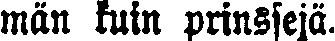
män kuin prinssejä